Senior Leaving Certificate Examination (including Day School Certificate (Higher) General paper), 1950
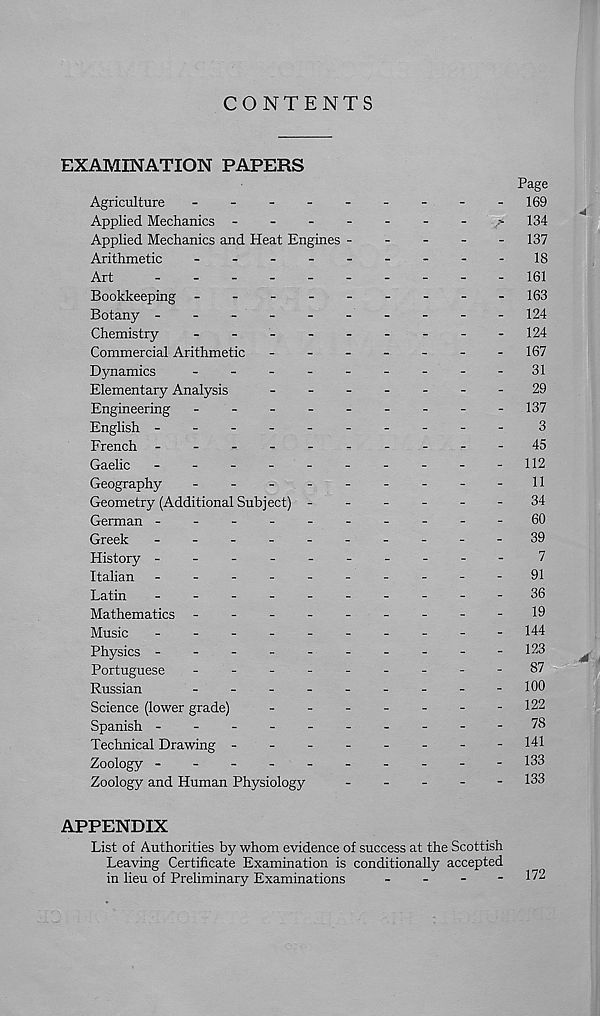
CONTENTS
EXAMINATION PAPERS
Page
Agriculture
-
--
--
--
-- 169
Applied Mechanics -
-
-
-
-
-
-
^ 134
Applied Mechanics and Heat Engines -
-
-
-
- 137
Arithmetic
-
--
--
--
--18
Art
-
- 161
Bookkeeping -
--
--
--
-- 163
Botany ---------
- 124
Chemistry
-
--
--
--
-- 124
Commercial Arithmetic
-
-
-
-
-
-
-167
Dynamics
-
--
--
--
--
31
Elementary Analysis
-
--
--
--
29
Engineering -
--
--
--
-- 137
English ---------
-
3
French -
--
--
--
--
-45
Gaelic
---------- 112
Geography
-
-
-
-
-
-
-
-
-11
Geometry (Additional Subject) ------
34
German ----------60
Greek
-
--
--
--
--
-39
History ---------
-
7
Italian -
--
--
--
--
-91
Latin
-
--
--
--
--
-36
Mathematics -
--
--
--
--19
Music
-
--
--
--
--
-144
Physics ---------- 123
^
Portuguese
-
--
--
--
--87
Russian
- 100
Science (lower grade)
-
-
-
-
-
-
-122
Spanish ----------78
Technical Drawing -------
- 141
Zoology ---------
- 133
Zoology and Human Physiology
-
-
-
-
- 133
APPENDIX
List of Authorities by whom evidence of success at the Scottish
Leaving Certificate Examination is conditionally accepted
in lieu of Preliminary Examinations
-
-
-
- 172